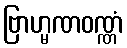
ဗြာဟ္မဏဝဏ္ဏံ